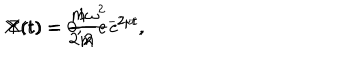
X ( t ) = \frac { 1 } { 2 m } e ^ { - 2 \mu t } , \hspace { 1 c m } Y ( t ) = 0 , \hspace { 1 c m } Z ( t ) = \frac { m \omega ^ { 2 } } { 2 } e ^ { 2 \mu t } ,